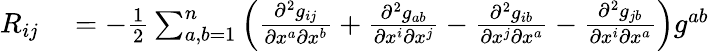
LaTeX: \begin{array}{rl}{R_{ij}}&{{}=-{\frac{1}{2}}\sum_{a,b=1}^{n}{\Big(}{\frac{\partial^{2}g_{ij}}{\partial x^{a}\partial x^{b}}}+{\frac{\partial^{2}g_{ab}}{\partial x^{i}\partial x^{j}}}-{\frac{\partial^{2}g_{ib}}{\partial x^{j}\partial x^{a}}}-{\frac{\partial^{2}g_{jb}}{\partial x^{i}\partial x^{a}}}{\Big)}g^{ab}}\end{array}